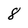
Character: 8